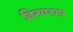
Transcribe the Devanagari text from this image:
विनयनगर